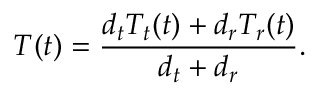
T ( t ) = \frac { { d _ { t } } T _ { t } ( t ) + { d _ { r } } T _ { r } ( t ) } { { d _ { t } } + { d _ { r } } } .